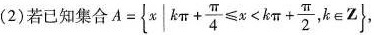
(2)若已知集合 $$A= \left\{ x|k \pi + \frac{ \pi }{4} \leqslant x<k \pi + \frac{ \pi }{2},k \in Z$$ ，